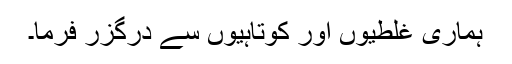
ہماری غلطیوں اور کوتاہیوں سے درگزر فرما۔